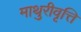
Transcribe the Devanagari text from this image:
माथुरीवृत्ति